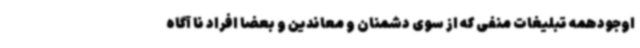
اوجودهمه تبلیغات منفی که از سوی دشمنان و معاندین و بعضا افراد نا آگاه